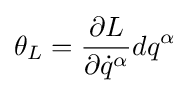
\theta _{L}={\frac {\partial L}{\partial {\dot {q}}^{\alpha }}}dq^{\alpha }